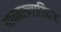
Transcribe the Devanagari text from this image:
आत्मख्यातिवाद